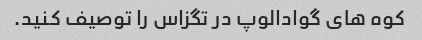
کوه های گوادالوپ در تگزاس را توصیف کنید.